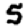
Digit: 5